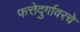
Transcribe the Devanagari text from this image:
फत्तेदुर्गावरचे